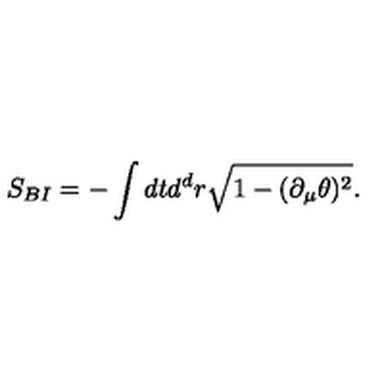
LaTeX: S _ { B I } = - \int d t d ^ { d } r \sqrt { 1 - ( \partial _ { \mu } \theta ) ^ { 2 } } .